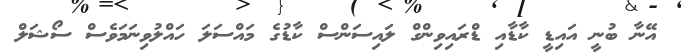
އޭނާ ބުނީ އައިޑީ ކާޑާއި ޑްރައިވިންގް ލައިސަންސް ކާޑުގެ މައްސަލަ ހައްލުވިނަމަވެސް ސޯޝަލް